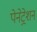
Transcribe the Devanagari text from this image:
पेनेट्रेशन